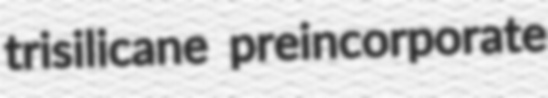
trisilicane preincorporate